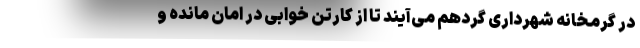
در گرمخانه شهرداری گردهم می‌آیند تا از کارتن خوابی در امان مانده و